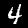
Digit: 4